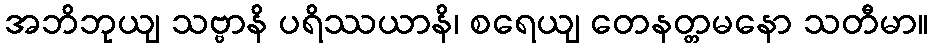
အဘိဘုယျ သဗ္ဗာနိ ပရိဿယာနိ၊ စရေယျ တေနတ္တမနော သတီမာ။